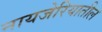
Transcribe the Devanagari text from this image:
नायजेरियातील